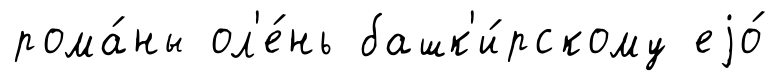
рома́ны ол'е́нь башк'и́рскому еjо́